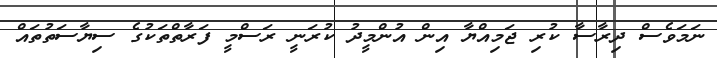
ނަމަވެސް ދިރާސާ ކުރި ޖަމިއްޔާ އިން އުންމީދު ކުރަނީ ރަސްމީ ފަރާތްތަކުގެ ސިޔާސަތުތައް